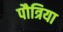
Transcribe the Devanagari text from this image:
पौत्रिया